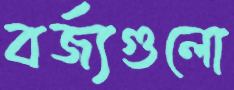
বর্জ্যগুলো